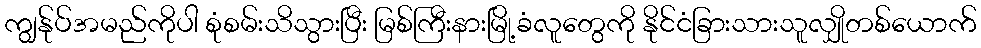
ကျွန်ုပ်အမည်ကိုပါ စုံစမ်းသိသွားပြီး မြစ်ကြီးနားမြို့ခံလူတွေကို နိုင်ငံခြားသားသူလျှိုတစ်ယောက်